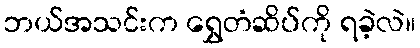
ဘယ်အသင်းက ရွှေတံဆိပ်ကို ရခဲ့လဲ။